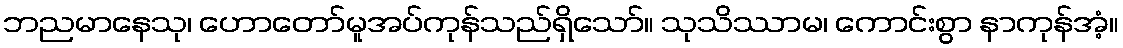
ဘညမာနေသု၊ ဟောတော်မူအပ်ကုန်သည်ရှိသော်။ သုသိဿာမ၊ ကောင်းစွာ နာကုန်အံ့။